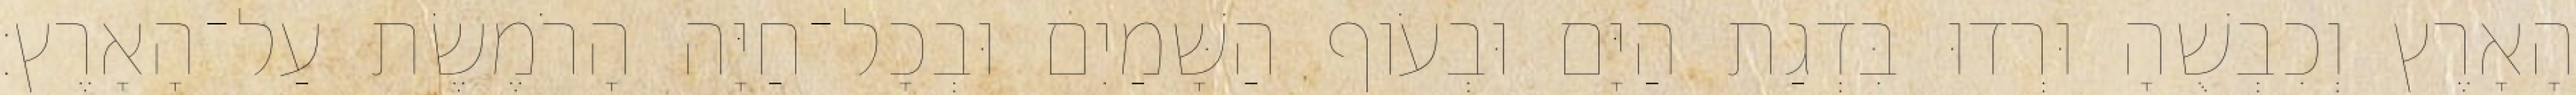
הָאָרֶץ וְכִבְשֻׁהָ וּרְדוּ בִּדְגַת הַיָּם וּבְעֹוף הַשָּׁמַיִם וּבְכָל־חַיָּה הָרֹמֶשֶׂת עַל־הָאָרֶץ׃